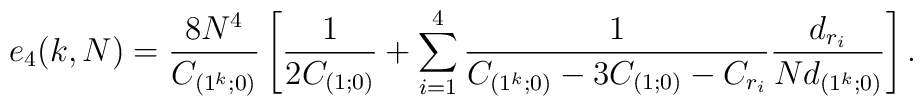
e_4(k,N) = {8N^4\over C_{(1^k;0)}}\left[{1\over 2 C_{(1;0)}}   + \sum_{i=1}^4{1 \over C_{(1^k;0)}  - 3 C_{(1;0)} - C_{r_i} } {d_{r_i}\over N d_{(1^k;0)}} \right].